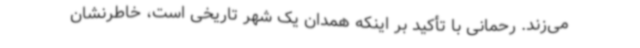
می‌زند. رحمانی با تأکید بر اینکه همدان یک شهر تاریخی است، خاطرنشان